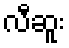
လီဆူး